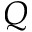
Q